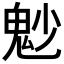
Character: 𩲎